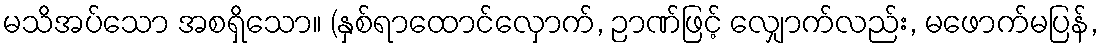
မသိအပ်သော အစရှိသော။ (နှစ်ရာထောင်လှောက်, ဉာဏ်ဖြင့် လျှောက်လည်း, မဖောက်မပြန်,